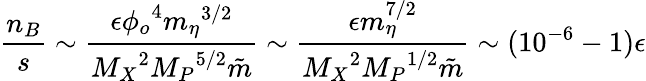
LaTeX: \frac{n_{B}}{s}\sim\frac{\epsilon{\phi_{o}}^{4}{m_{\eta}}^{3/2}}{{M_{X}}^{2}{M_{P}}^{5/2}\tilde{m}}\sim\frac{\epsilon m_{\eta}^{7/2}}{{M_{X}}^{2}{M_{P}}^{1/2}\tilde{m}}\sim(10^{-6}-1)\epsilon